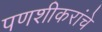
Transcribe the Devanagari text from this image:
पणशीकरांचे